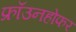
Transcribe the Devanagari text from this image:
फ्रॉउनहोफर